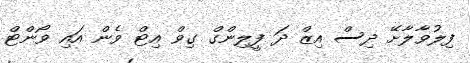
ފިލުވާލާށޭ ދިސް އިޒް ދަ ފީލިންގް ގިވް އިޓް ވެން އައި ވޯންޓް